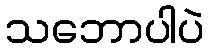
သဘောပါပဲ